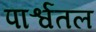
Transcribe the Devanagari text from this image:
पार्श्वतल